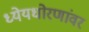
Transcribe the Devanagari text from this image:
ध्येयधोरणांवर